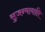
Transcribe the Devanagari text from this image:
सुजन्मावाप्ति